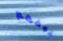
خوفهم